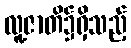
လူ့ဇာတိ၌ရှိသည့်